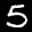
Label: 5